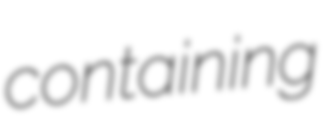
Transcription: containing